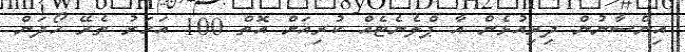
އިންސާނުން ދިރިއުޅެން އާ ޕްލެނެޓެއް ކުރިއަށް އޮތް 100 އަހަރު ތެރޭ ހޯދަން